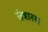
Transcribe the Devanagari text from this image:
संत्रारस